Vital statistics of India. Vol. V, Reports of 1876 on armies & jails and on epidemic cholera
Year: 1876
Disease focus: Cholera
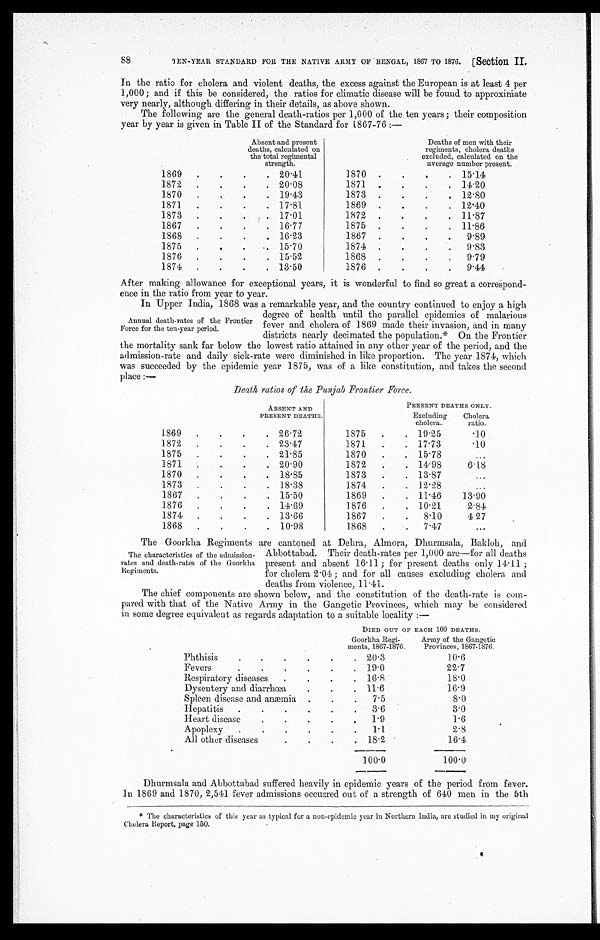
88
TEN-YEAR STANDARD FOR THE NATIVE ARMY OF BENGAL, 1867 TO 1876. [Section II.
In the ratio for cholera and violent deaths, the excess against the European is at least 4 per
1,000; and if this be considered, the ratios for climatic disease will be found to approximate
very nearly, although differing in their details, as above shown.
The following are the general death-ratios per 1,000 of the ten years; their composition
year by year is given in Table II of the Standard for 1867-76:—
Absent and present
deaths, calculated on
the total regimental
strength.
Deaths of men with their
regiments, cholera deaths
excluded, calculated on the
average number present.
1869
20.41
1870
15.14
1872
20.08
1871
14.20
1870
19.43
1873
12.80
1871
17.81
1869
12.40
1873
17.01
1872
11.87
1867
16.77
1875
11.86
1868
16.23
1867
9.89
1875
15.70
1874
9.83
1876
15.52
1868
9.79
1874
13.50
1876
9.44
After making allowance for exceptional years, it is wonderful to find so great a correspond-
ence in the ratio from year to year.
In Upper India, 1868 was a remarkable year, and the country continued to env io a
high degree ofheath until the parallel epidemics of malarious ee of health until the parallel epidemics of laous
fever and cholera of 1869 made their invasion, and in many
districts nearly decimated the population.* On the Frontier
the mortality sank far below the lowest ratio attained in any other year of the period, and the
admission-rate and daily sick-rate were diminished in like proportion. The year 1874, which
was succeeded by the epidemic year 1875, was of a like constitution, and takes the second
place:—
Death ratios of the Punjab Frontier Force.
ABSENT AND
PRESENT DEATHS.
PRESENT DEATHS ONLY.
Excluding cholera. Cholera ratio.
1869
26.72
1875
19.25
.10
1872
23.47
1871
17.73
.10
1875
21.85
1870
15.78
1871
20.90
1872
14.98
6.18
1870
18.85
1873
13.87
1873
18.38
1874
12.28
1867
15.50
1869
11.46 13.90
1876
14.69
1876
10.21
2.84
1874
13.66
1867
8.10
4.27
1868
10.98
1868
7.47
The Goorkha Regiments are cantoned at Dehra, Almora, Dhurmsala, Bakloh, and
Annual death-rates of the Frontier
Force for the ten-year period.
The characteristics of the admission-
rates and death-rates of the Goorkha
Regiments.
Abbottabad. Their death-rates per 1,000 are-for all deaths
present and absent 16.11; for present deaths only 14.11;
for cholera 2.04; and for all causes excluding cholera and
deaths from violence, 11.41.
The chief components are shown below, and the constitution of the death-rate is com-
pared with that of the Native Army in the Gangetic Provinces, which may be considered
in some degree equivalent as regards adaptation to a suitable locality:—
DIED OUT OF EACH 100 DEATHS.
Goorkha Regi-
ments, 1867-1876. Army of the Gangetic
Provinces, 1867-1876.
Phthisis
20.3
10.6
Fevers
19.0
22.7
Respiratory diseases
16.8
18.0
Dysentery and diarrhœa
11.6
16.9
Spleen disease and anæmia
7.5
8.0
Hepatitis
3.6
3.0
Heart disease
1.9
1.6
Apoplexy
1.1
2.8
All other diseases
18.2
16.4
100.0
100.0
Dhurmsala and Abbottabad suffered heavily in epidemic years of the period from fever.
In 1869 and 1870, 2,541 fever admissions occurred out of a strength of 640 men in the 5th
*The characteristics of this year as typical for a non-epidemic year in Northern India, are studied in my original
Cholera Report, page 150.